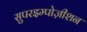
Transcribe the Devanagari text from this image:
सुपरइम्पोज़ीशन